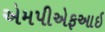
એમપીએફઆઇ